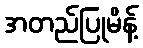
အတည်ပြုမိန့်